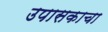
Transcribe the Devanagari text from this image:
उपासकाचा